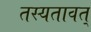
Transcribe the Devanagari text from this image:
तस्यतावत्